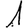
Digit: 1